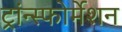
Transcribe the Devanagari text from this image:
ट्रांन्स्फोर्मेशन